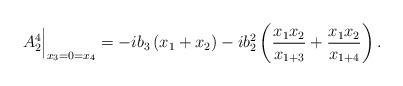
LaTeX: \begin{align*} A_2^4 \Big|_{x_3=0=x_4} &= -ib_3 \left( x_1+x_2 \right) -i b_2^2\left( \frac{x_1 x_2 }{x_{1+3}} +\frac{x_1x_2}{x_{1+4}} \right) .\end{align*}